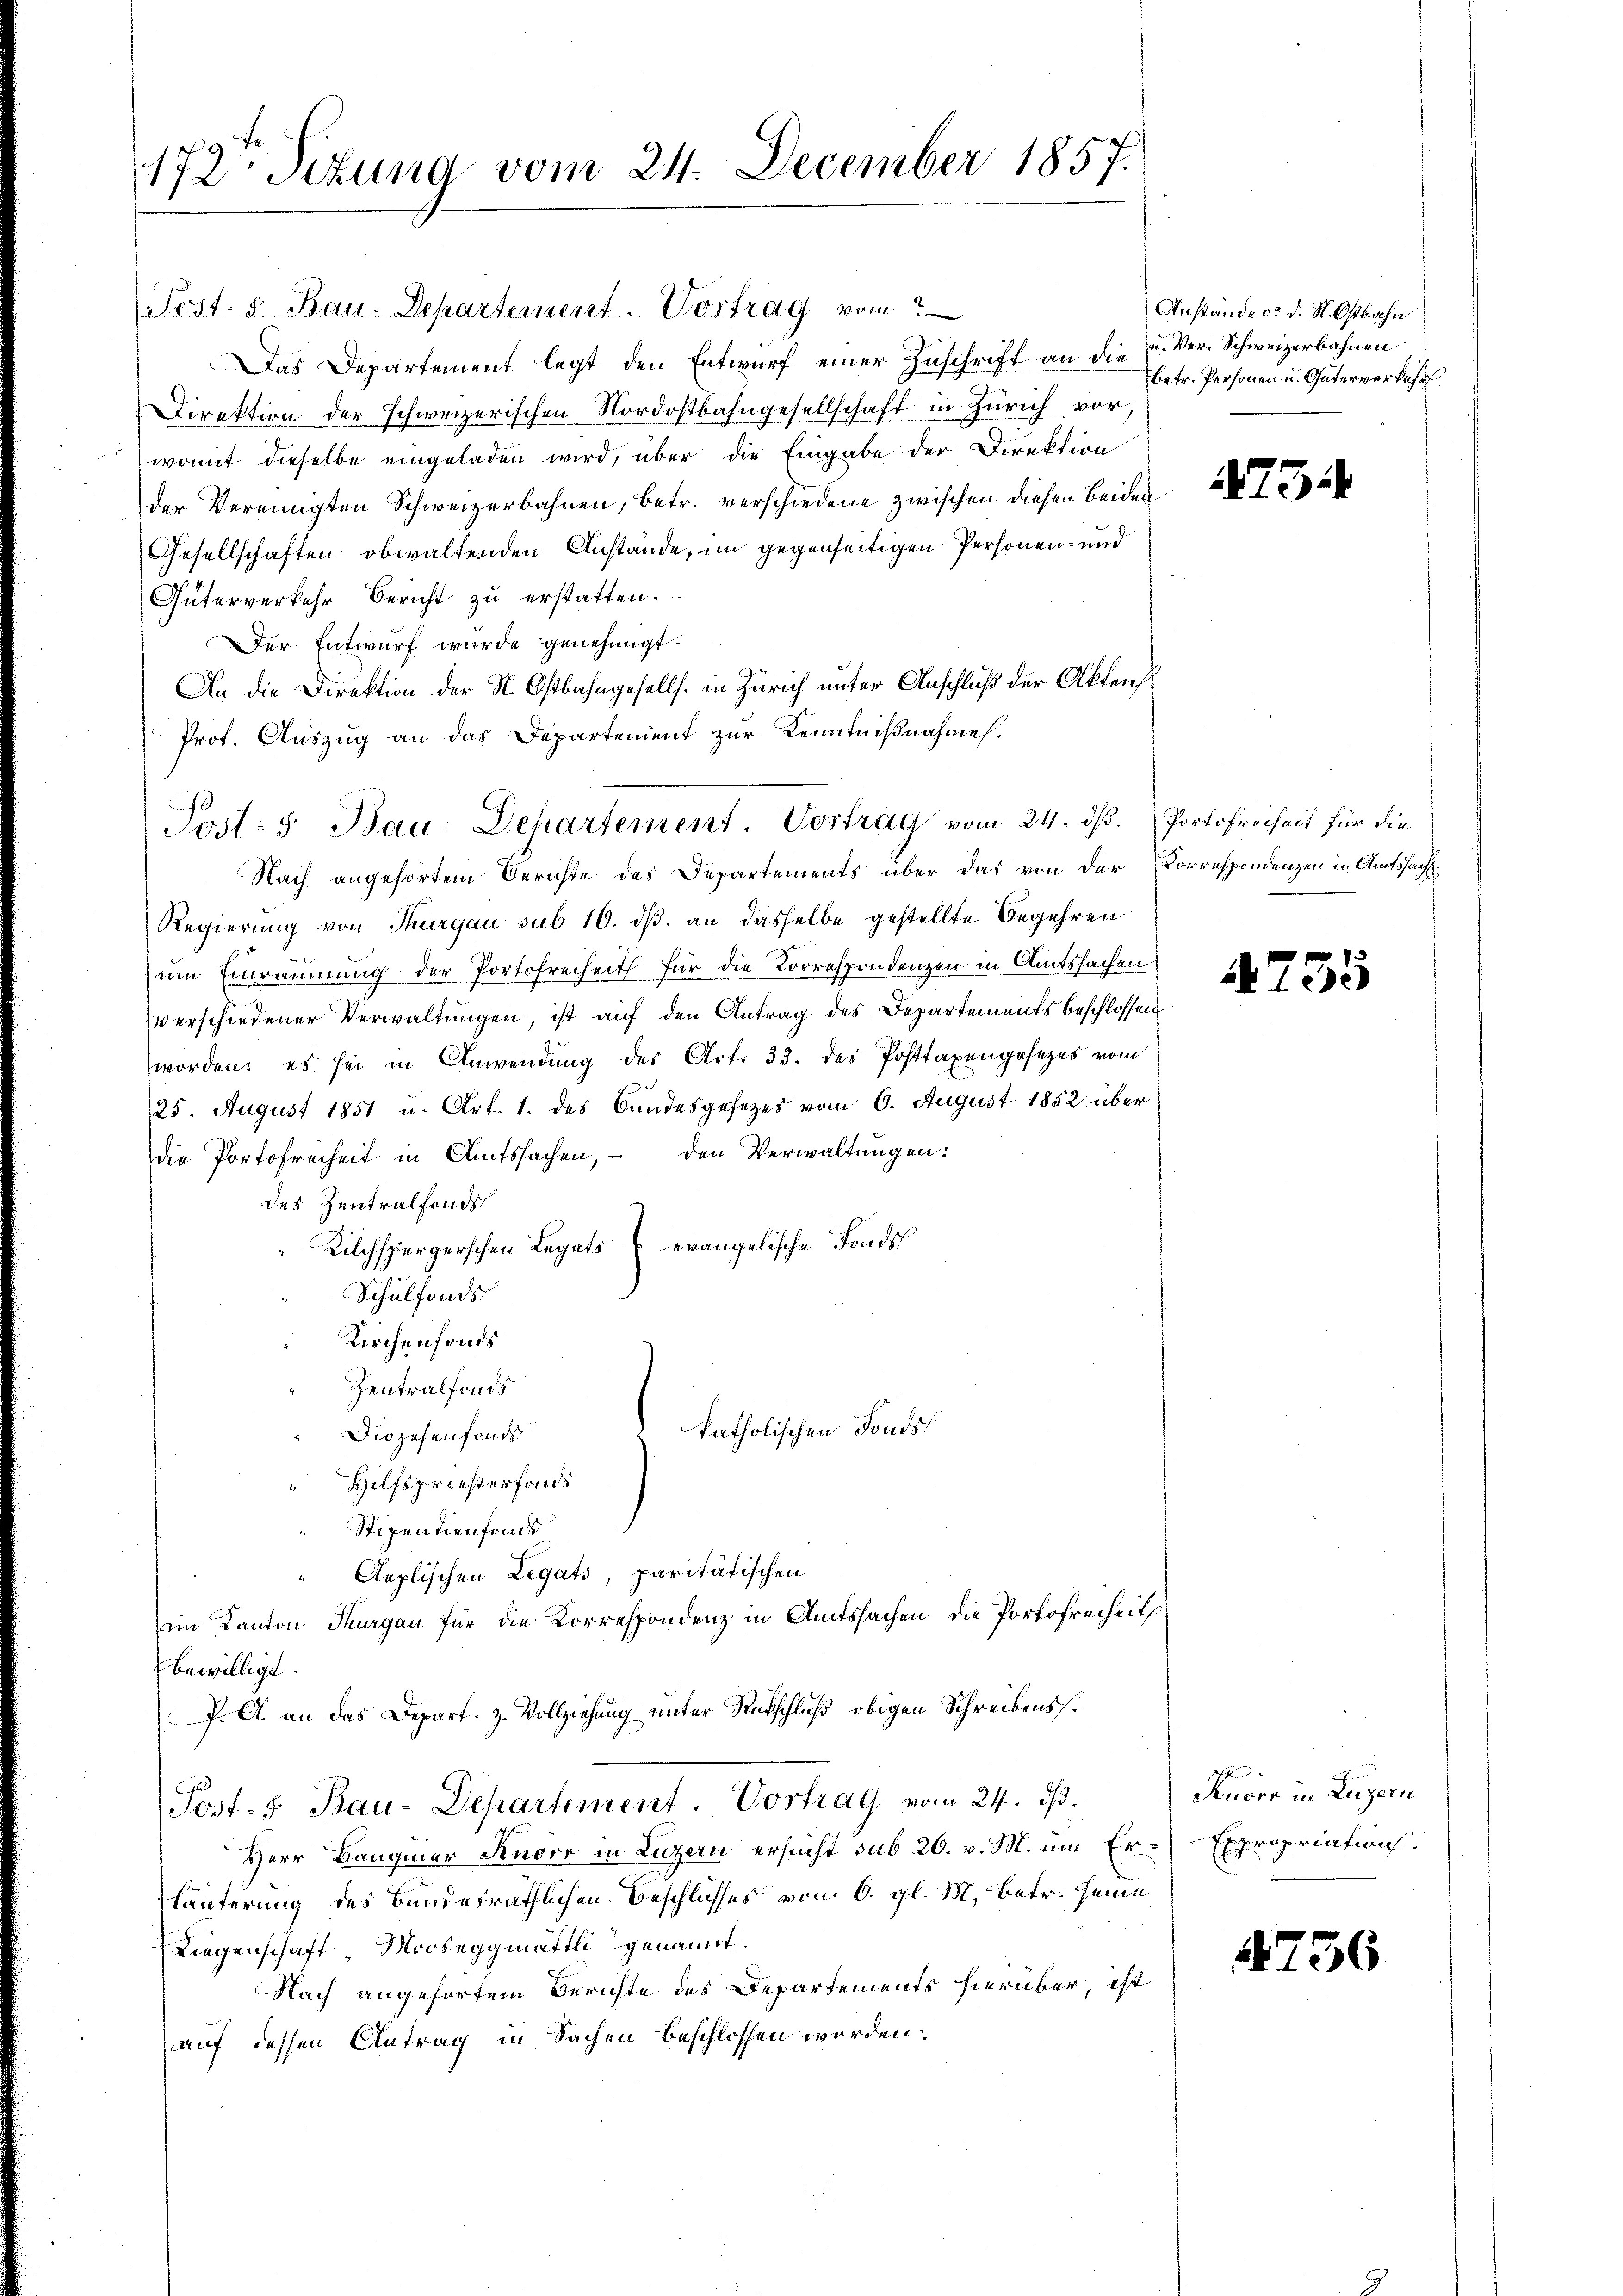
Post. 5. Bau-Departement. Vortrag vom
Das Departement legt den Entwurf einer Zuschrift an die u. Ver- Schweizerbahnen
Direktion der schweizerischen Nordostbahngesellschaft in Zürich vor,
womit dieselbe eingeladen wird, über die Eingabe der Direktion
der Vereinigten Schweizerbahnen, betr. verschiedene zwischen diesen Beiden
Gesellschaften obwaltenden Anstände, im gegenseitigen Personen- und
Güterverkehr Bericht zu erstatten.
Der Entwurf wurde genehmigt.
An die Direktion der St. Ostbahngesells. in Zürich unter Anschluß der Aktens
Prot. Auszug an das Departement zur Kenntnißnahme.
Nach angehörtem Berichte des Departements über das von der Vorrespondenzen in Amtssacht.
Regierung von Thurgau sub 10. dβ an dasselbe gestellte Begehren
um Einräumung der Portofreiheit für die Korrespondenzen in Amtssachen
verschiedener Verwaltungen, ist auf den Antrag des Departements beschlossen
worden, es sei in Anwendung des Art. 33. des Posttaxengesezes vom
25. August 1851 u. Art. 1. des Bundesgesezes vom 6. August 1852 über
die Portofreiheit in Amtssachen, – den Verwaltungen:
des Zentralfonds
Kilchspergerschen Legats & evangelische Fonds
Schulfonds
Kirchenfonds
Zentralfonds
katholischen Fonds
Diözesenfonds
Hilfspriesterfand
Stipendienfonds
Aeplischen Legats, paritätischen
im Kanton Thurgau für die Korrespondenz in Amtssachen, die Portofreiheit
bewilligt.
P. A. an das Depart. z. Vollziehung unter Rückschluß obigen Schreibens.
Post. Bau-Departement. Vortrag vom 24. ds.
Herr Banquier Senorr in Luzern ersucht sub 26. v. M. um Er¬
Häuterung des Bundesräthlichen Beschlusses vom 6. gl. M. betr. Heine
Liegenschaft Mooseggmättli genannt.
Nach angehörtem Berichte des Departements hierüber, ist
auf dessen Antrag in Sachen beschlossen worden.

172. Sitzung vom 24. December 1857.

Jost: 5. Bau-Departement. Vortrag vom 24. ds. Portofreiheit für die

Anstände ce d. St. Ostbahn
betr. Personen u. Güterverkehr

473.

4755

A
Knorr in Luzern
Expropriation.

4736